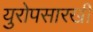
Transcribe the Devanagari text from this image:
युरोपसारखी